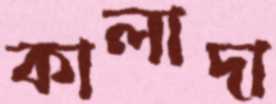
কালাদা